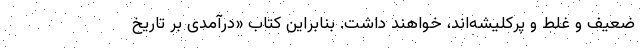
ضعیف و غلط و پرکلیشه‌اند، خواهند داشت. بنابراین کتاب «درآمدی بر تاریخ